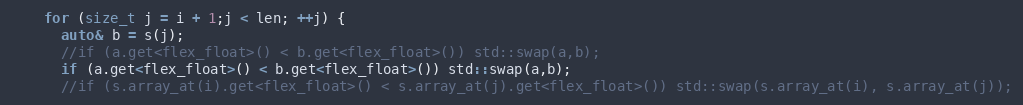
Language: C++
    for (size_t j = i + 1;j < len; ++j) {
      auto& b = s(j);
      //if (a.get<flex_float>() < b.get<flex_float>()) std::swap(a,b);
      if (a.get<flex_float>() < b.get<flex_float>()) std::swap(a,b);
      //if (s.array_at(i).get<flex_float>() < s.array_at(j).get<flex_float>()) std::swap(s.array_at(i), s.array_at(j));